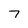
Character: 7